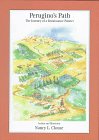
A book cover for Perugino's Path: The Journey of a Renaissance Painter; Nancy L. Clouse; Children's Books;